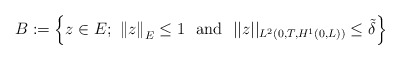
\begin{align*}B:=\left\{ z\in E; \ \left\Vert z\right\Vert _{E} \le 1 \ \textrm { and } \ ||z||_{L^2(0,T,H^1(0,L))} \le \tilde \delta \right\} \end{align*}